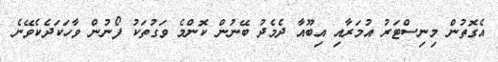
އެގޮތުން މިނިސްޓަރު އުމަރާއި އިބޫއާ ދެމެދު ބޭނުން ކޮންމެ ވަގުތަކު ފޯނުން ވާހަކަދެކެވޭނެ